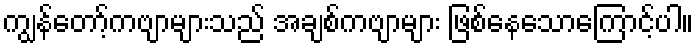
ကျွန်တော့်ကဗျာများသည် အချစ်ကဗျာများ ဖြစ်နေသောကြောင့်ပါ။